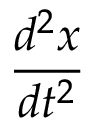
\frac { d ^ { 2 } { \boldsymbol { x } } } { d t ^ { 2 } }